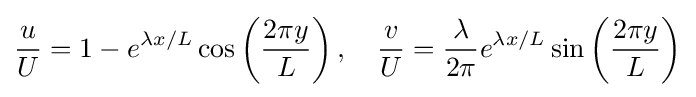
{\frac {u}{U}}=1-e^{\lambda x/L}\cos \left({\frac {2\pi y}{L}}\right),\quad {\frac {v}{U}}={\frac {\lambda }{2\pi }}e^{\lambda x/L}\sin \left({\frac {2\pi y}{L}}\right)